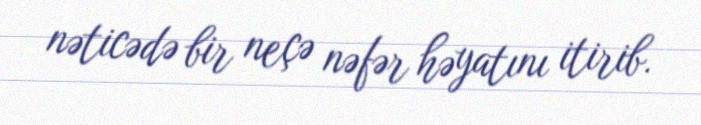
nəticədə bir neçə nəfər həyatını itirib.